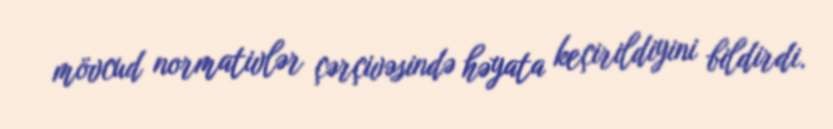
mövcud normativlər çərçivəsində həyata keçirildiyini bildirdi.